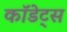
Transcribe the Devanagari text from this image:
कॉडेट्स